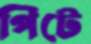
পিটে